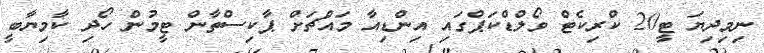
ނިމިދިޔަ ޓީ20 ކްރިކެޓް ވޯލްޑްކަޕްގައި އިންޑިއާ މައްޗަށް ޕާކިސްތާން ޓީމުން ހޯދި ކާމިޔާބީ